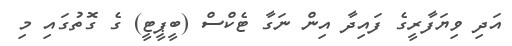
އަދި ވިޔަފާރީގެ ފައިދާ އިން ނަގާ ޓެކްސް (ބީޕީޓީ) ގެ ގޮތުގައި މި